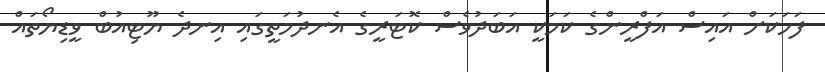
ފަހަކަށް އައިސް އަފްރީންގެ ކަމަކީ އަބަދުވެސް ކޮޓަރީގެ އެނދުމަތީގައި އިނދެ ޔޫޓިއުބް ވީޑިޔޯތައް